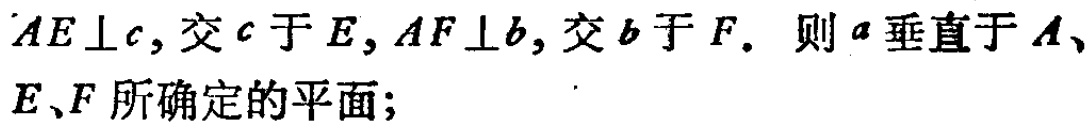
$AE\perp c,交c于E,AF\perp b,交b于F. 则a垂直于A、E、F所确定的平面;$